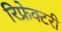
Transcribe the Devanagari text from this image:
रिफ्रेक्टरी